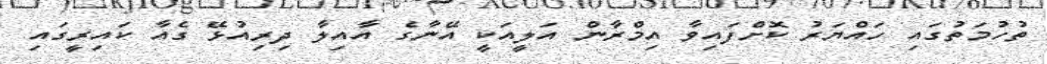
ތުހުމަތުގައި ހައްޔަރު ކޮށްފައިވާ އިމްރާން އަލީއަކީ އޭނާގެ އާއިލާ ދިރިއުޅޭ ގެއާ ކައިރީގައި